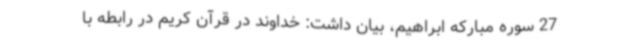
27 سوره مبارکه ابراهیم، بیان داشت: خداوند در قرآن کریم در رابطه با